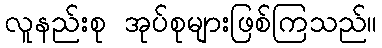
လူနည်းစု အုပ်စုများဖြစ်ကြသည်။